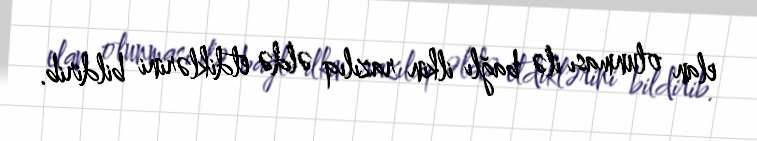
elan olunması ilə bağlı ilkin razılıq əldə etdiklərini bildirib.